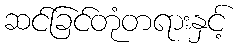
ဆင်ခြင်တုံတရားနှင့်